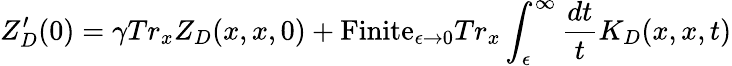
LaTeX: Z_{D}^{\prime}(0)=\gamma Tr_{x}Z_{D}(x,x,0)+\mathrm{Finite}_{\epsilon\to 0}Tr_{x}\int_{\epsilon}^{\infty}{\frac{dt}{t}}K_{D}(x,x,t)